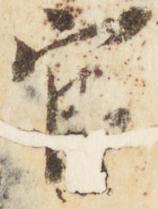
官